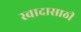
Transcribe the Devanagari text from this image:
स्वादासाठी